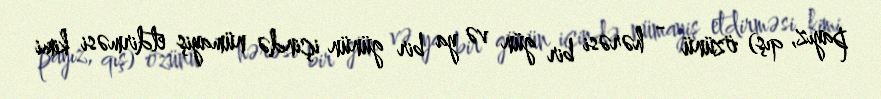
payız, qış) özünü - hərəsi bir gün və ya bir günün içində nümayiş etdirməsi kimi